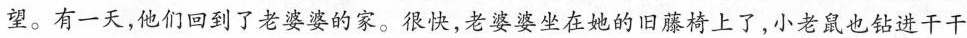
望。有一天，他们回到了老婆婆的家。很快，老婆婆坐在她的旧藤椅上了，小老鼠也钻进干干